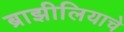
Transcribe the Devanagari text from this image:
ब्राझीलियाचे